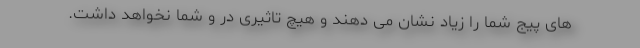
های پیج شما را زیاد نشان می دهند و هیچ تاثیری در و شما نخواهد داشت.